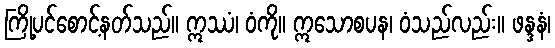
ကြို့ပင်စောင့်နတ်သည်။ ဣဿံ၊ ဝံကို။ ဣသောစပန၊ ဝံသည်လည်း။ ဖန္ဒနံ၊